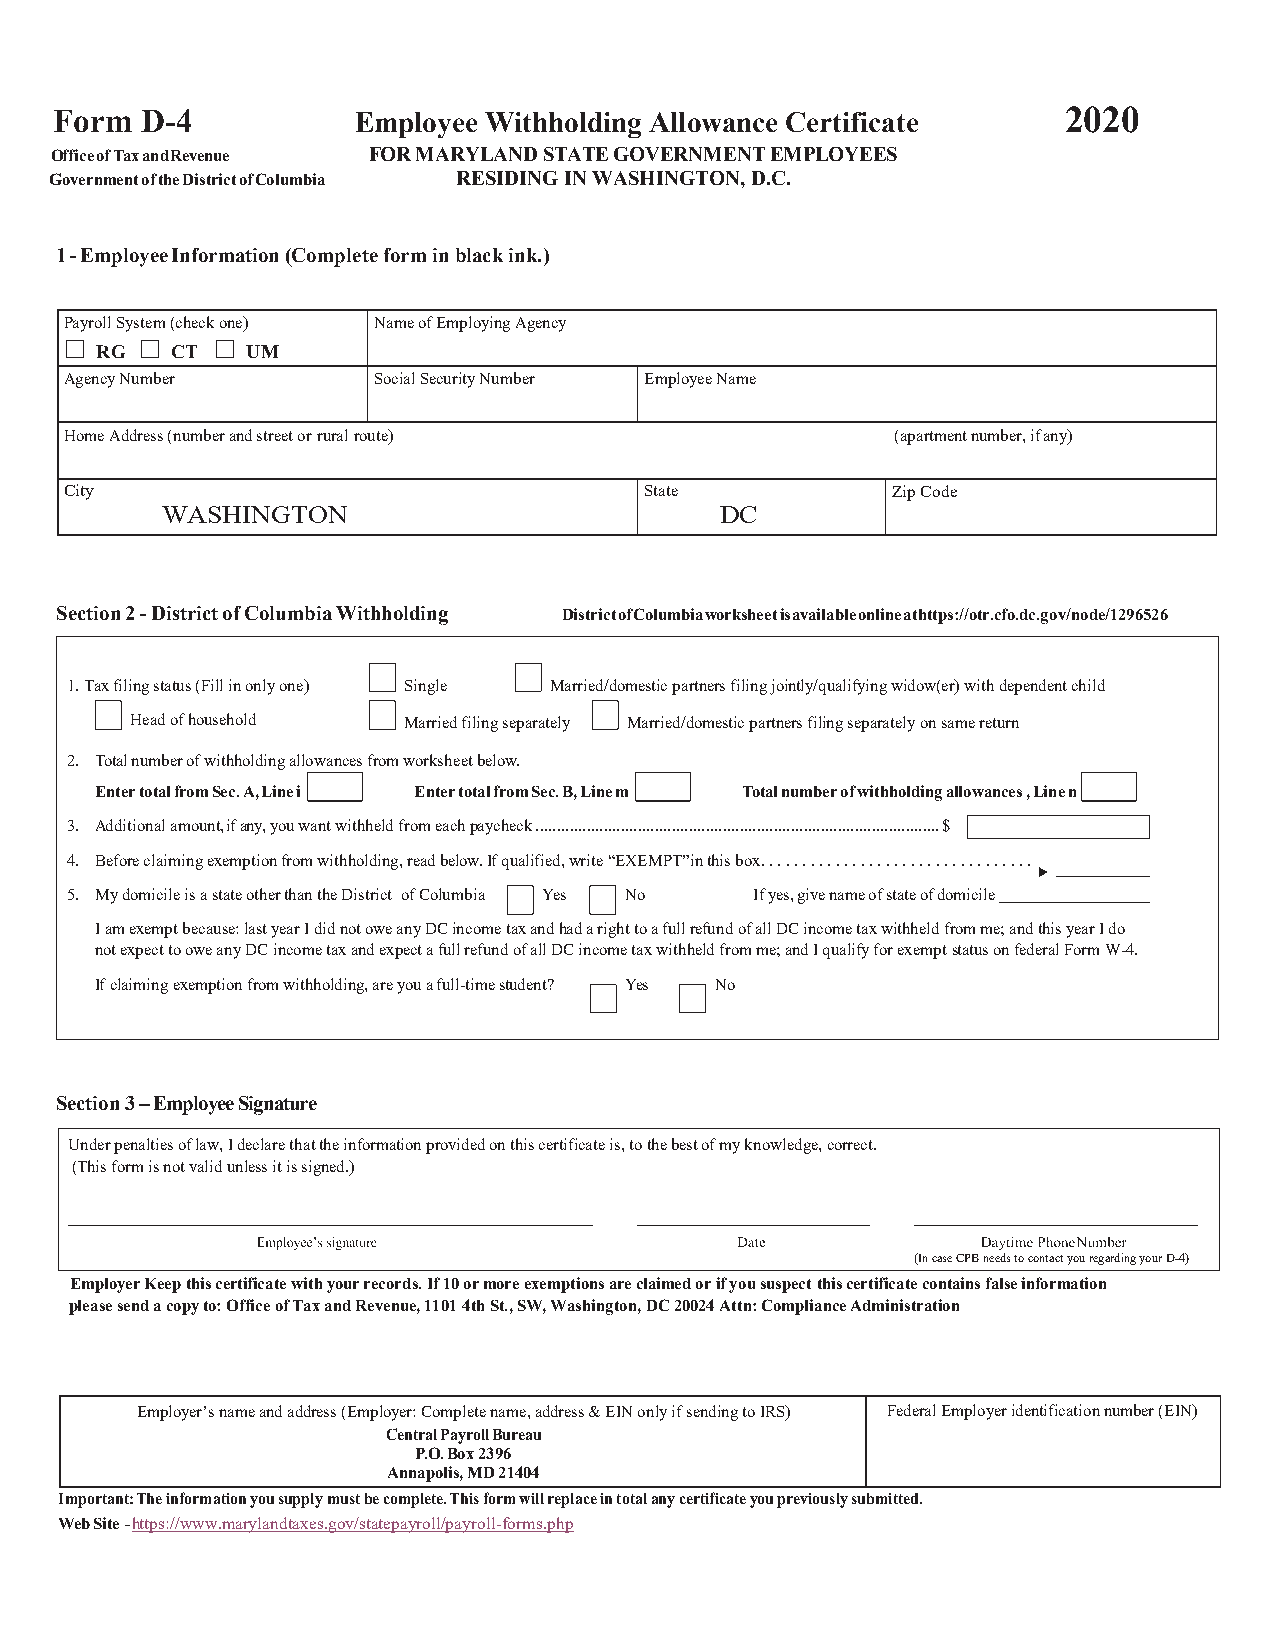
Form D-4           Employee Withholding Allowance Certificate     2020
 Office of Tax and Revenue FOR MARYLAND STATE GOVERNMENT EMPLOYEES
 Government of the District of Columbia RESIDING IN WASHINGTON, D.C.
 1 - Employee Information (Complete form in black ink.)
 Payroll System (check one) Name of Employing Agency
 RG   CT   UM
 Agency Number        Social Security Number Employee Name
 Home Address (number and street or rural route)        (apartment number, if any)
 City                                   State           Zip Code
 WASHINGTON                           DC
 Section 2 - District of Columbia Withholding District of Columbia worksheet is available online at https://otr.cfo.dc.gov/node/1296526
 1.Tax filing status (Fill in only one) Single Married/domestic partners filing jointly/qualifying widow(er) with dependent child
 Head of household Married filing separately Married/domestic partners filing separately on same return
 2. Total number of withholding allowances from worksheet below.
 Enter total from Sec. A, Line i Enter total from Sec. B, Line m Total number of withholding allowances , Line n
 3. Additional amount, if any, you want withheld from each paycheck ............................................................................................... $
 4. Before claiming exemption from withholding, read below. If qualified, write “EXEMPT” in this box. . . . . . . . . . . . . . . . . . . . . . . . . . . . . . . . .
 5. My domicile is a state other than the District of Columbia Yes No If yes, give name of state of domicile
 I am exempt because: last year I did not owe any DC income tax and had a right to a full refund of all DC income tax withheld from me; and this year I do
 not expect to owe any DC income tax and expect a full refund of all DC income tax withheld from me; and I qualify for exempt status on federal Form W-4.
 If claiming exemption from withholding, are you a full-time student? Yes No
 Section 3 – Employee Signature
 Under penalties of law, I declare that the information provided on this certificate is, to the best of my knowledge, correct.
 (This form is not valid unless it is signed.)
 (In case CPB needs to contact you regarding your D-4)
 Employer Keep this certificate with your records. If 10 or more exemptions are claimed or if you suspect this certificate contains false information
 please send a copy to: Office of Tax and Revenue, 1101 4th St., SW, Washington, DC 20024 Attn: Compliance Administration
 Employer’s name and address (Employer: Complete name, address & EIN only if sending to IRS) Federal Employer identification number (EIN)
 Central Payroll Bureau
 P.O. Box 2396
 Annapolis, MD 21404
 Important: The information you supply must be complete. This form will replace in total any certificate you previously submitted.
 Web Site - https://www.marylandtaxes.gov/statepayroll/payroll-forms.php